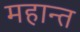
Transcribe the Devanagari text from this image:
महान्त